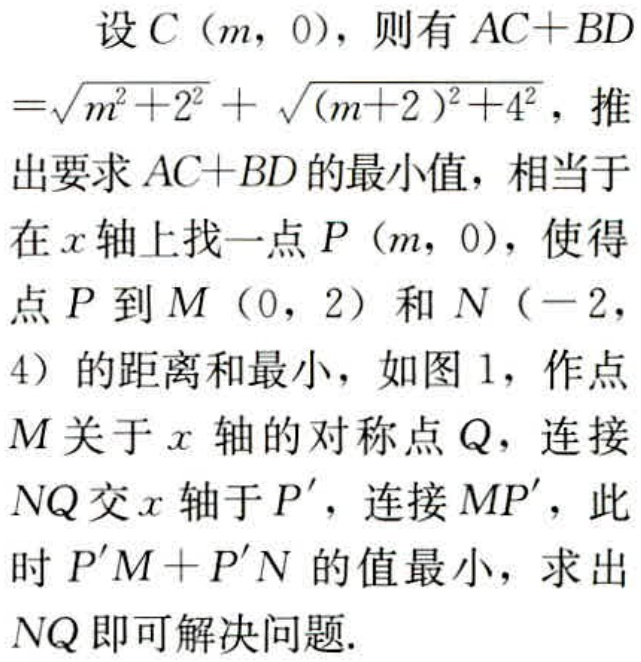
设 \(C(m,0)\)，则有 \(AC + BD=\sqrt{m^{2}+2^{2}}+\sqrt{(m + 2)^{2}+4^{2}}\)，推出要求 \(AC + BD\) 的最小值，相当于在 \(x\) 轴上找一点 \(P(m,0)\)，使得点 \(P\) 到 \(M(0,2)\) 和 \(N(-2,4)\) 的距离和最小，如图 1，作点 \(M\) 关于 \(x\) 轴的对称点 \(Q\)，连接 \(NQ\) 交 \(x\) 轴于 \(P'\)，连接 \(MP'\)，此时 \(P'M+P'N\) 的值最小，求出 \(NQ\) 即可解决问题.